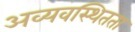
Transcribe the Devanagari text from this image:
अव्यवस्थितता